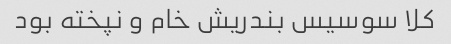
کلا سوسیس بندریش خام و نپخته بود